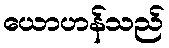
ယောဟန်သည်